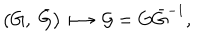
LaTeX: \left( G , \ \bar { G } \right) \longmapsto { \cal G } = G \bar { G } ^ { - 1 } ,